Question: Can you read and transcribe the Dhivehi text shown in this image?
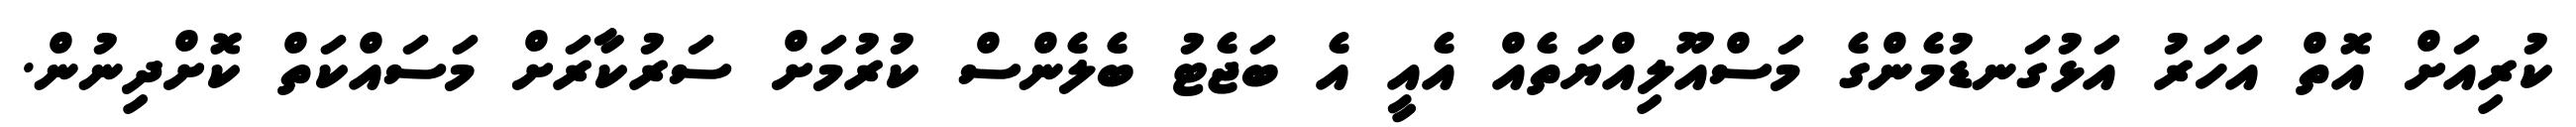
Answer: ކުރިއަށް އޮތް އަހަރު އަޅުގަނޑުމެންގެ މަސްއޫލިއްޔަތެއް އެއީ އެ ބަޖެޓު ބެލެންސް ކުރުމަށް ސަރުކާރަށް މަސައްކަތް ކޮށްދިނުން.